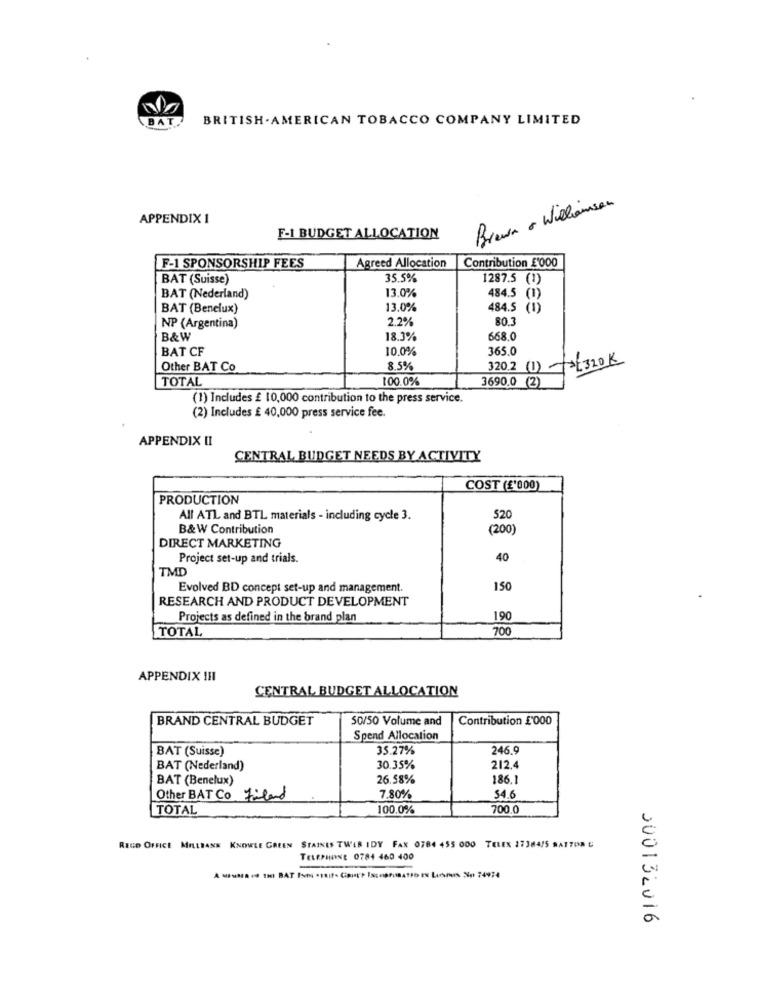
BAT
BRITISH. AMERICAN TOBACCO COMPANY LIMITED
APPENDIX 1
Brewr . Williamsen
F-1 BUDGET ALLOCATION
Agreed Allocation
Contribution £'000
F-1 SPONSORSHIP FEES
BAT (Suisse)
35.5%
1287.5 (1)
BAT (Nederland)
13.0%
484.5 (1)
BAT (Benelux)
13.0%
484.5 (1)
2.2%
80.
NP (Argentina)
B&W
18.3%
668.0
BAT CF
10.0%
365.0
Other BAT Co
8.5%
320.2 (1) 320K
TOTAL
100.0%
3690.0 (2)
(1) Includes £ 10,000 contribution to the press service.
(2) Includes £ 40,000 press service fee.
APPENDIX II
CENTRAL BUDGET NEEDS BY ACTIVITY
COST (£'000)
PRODUCTION
All ATL and BTL materials - including cycle 3.
520
B&W Contribution
(200)
DIRECT MARKETING
Project set-up and trials.
40
TMD
Evolved BD concept set-up and management.
150
RESEARCH AND PRODUCT DEVELOPMENT
Projects as defined in the brand plan
190
TOTAL
700
APPENDIX IHI
CENTRAL BUDGET ALLOCATION
BRAND CENTRAL BUDGET
50/50 Volume and
Contribution £'000
Spend Allocation
BAT (Suisse)
35.27%
246.9
BAT (Nederland)
30.35%
212.4
BAT (Benelux)
26.58%
186.1
Other BAT Co Friland
7.80%
54.6
TOTAL
100.0%
700.0
REED OFFICE MILLEANS KNOWLE GREEN STAIKIS TWIR IDY FAX 0784 455 000 TELEX 27384/5 RATTON
TELEPHONE 0784 460 400
000132016